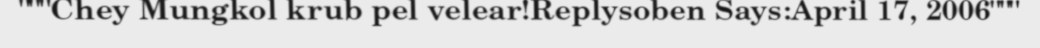
"""Chey Mungkol krub pel velear!Replysoben Says:April 17, 2006"""